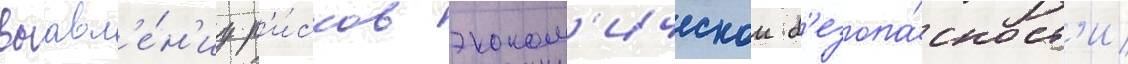
выавл'е́н'иу р'и́сков эконом'ическои б'езопа́сност'и